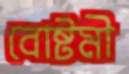
বোষ্টমী